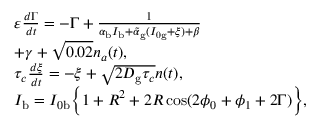
\begin{array} { l } { \varepsilon \frac { d \Gamma } { d t } = - \Gamma + \frac { 1 } { \alpha _ { \mathrm { b } } I _ { \mathrm { b } } + \tilde { \alpha } _ { \mathrm { g } } ( I _ { 0 \mathrm { g } } + \xi ) + \beta } } \\ { + \gamma + \sqrt { 0 . 0 2 } n _ { a } ( t ) , } \\ { \tau _ { c } \frac { d \xi } { d t } = - \xi + \sqrt { 2 D _ { \mathrm { g } } \tau _ { c } } n ( t ) , } \\ { I _ { \mathrm { b } } = I _ { 0 \mathrm { b } } \Big \{ 1 + R ^ { 2 } + 2 R \cos ( 2 \phi _ { 0 } + \phi _ { 1 } + 2 \Gamma ) \Big \} , } \end{array}